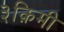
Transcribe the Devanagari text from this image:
३क़िमी